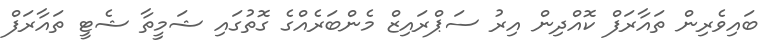
ބައިވެރިން ތައާރަފް ކޮއްދިން އިރު ސަޕްރައިޒް މެންބަރެއްގެ ގޮތުގައި ޝަމީތާ ޝެޓީ ތައާރަފް